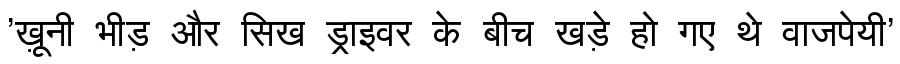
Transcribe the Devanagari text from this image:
'ख़ूनी भीड़ और सिख ड्राइवर के बीच खड़े हो गए थे वाजपेयी'